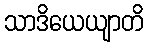
သာဒိယေယျာတိ